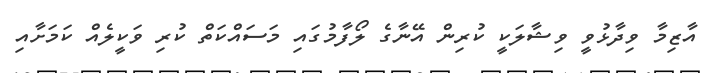
އާޒިމާ ވިދާޅުވީ ވިޝާލަކީ ކުރިން އޭނާގެ ލޯފާމުގައި މަސައްކަތް ކުރި ވަކީލެއް ކަމަށާއި